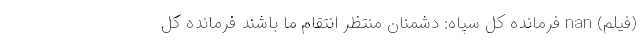
(فیلم) nan فرمانده کل سپاه: دشمنان منتظر انتقام ما باشند فرمانده کل